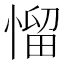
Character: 𢞓